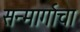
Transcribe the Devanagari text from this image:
सन्मार्गाचा